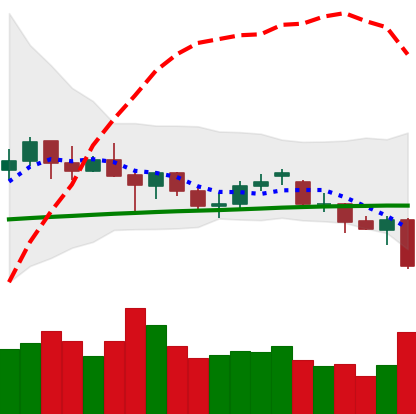
Ticker: ETH-USD
Chart end date: 2021-06-21
Forward return: -3.135%
Label: down_3_5